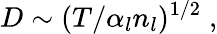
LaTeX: D\sim(T/\alpha_{l}n_{l})^{1/2}\; ,